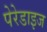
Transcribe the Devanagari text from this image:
पेरेडाइज